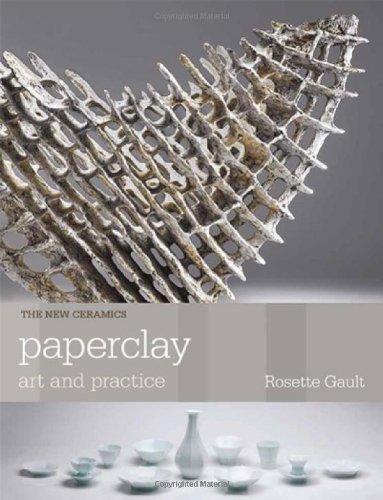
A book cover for Paperclay: Art and Practice (The New Ceramics); Rosette Gault; Crafts, Hobbies & Home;